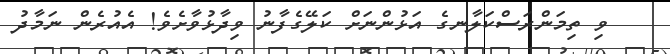
ވި ތިމަންރަސްކަލާނގެ އަޅުންނަށް ކަލޭގެފާނު ވިދާޅުވާށެވެ! އެއުރެން ނަމާދު